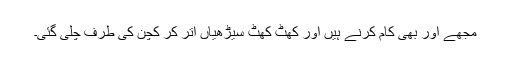
مجھے اور بھی کام کرنے ہیں اور کھٹ کھٹ سیڑھیاں اتر کر کچن کی طرف چلی گئی۔